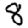
Digit: 8